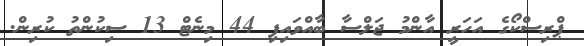
ޕްރިސްކޯގެ އަހަރީ އާންމު ޖަލްސާ ބާއްވައިފި 44 މިނެޓް 13 ސިކުންތު ކުރިން.